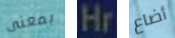
بمعنى Hr أضاع